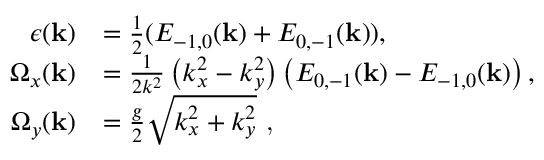
\begin{array} { r l } { \epsilon ( \mathbf { k } ) } & { = \frac { 1 } { 2 } ( E _ { - 1 , 0 } ( \mathbf { k } ) + E _ { 0 , - 1 } ( \mathbf { k } ) ) , } \\ { \Omega _ { x } ( \mathbf { k } ) } & { = \frac { 1 } { 2 k ^ { 2 } } \left( k _ { x } ^ { 2 } - k _ { y } ^ { 2 } \right) \left( E _ { 0 , - 1 } ( \mathbf { k } ) - E _ { - 1 , 0 } ( \mathbf { k } ) \right) , } \\ { \Omega _ { y } ( \mathbf { k } ) } & { = \frac { g } { 2 } \sqrt { k _ { x } ^ { 2 } + k _ { y } ^ { 2 } } \textrm { , } } \end{array}